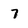
Character: 7